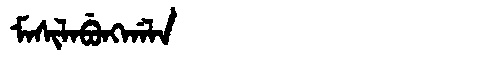
Manchu: ᠮᠠᠰᡳᠯᠠᠪᡠᠩᡤᠠᠯᠠ
Romanization: MASILABUNGGALA